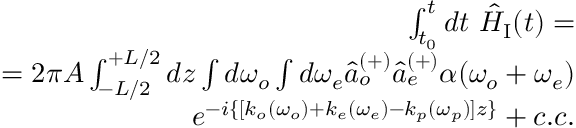
\begin{array} { r } { \int _ { t _ { 0 } } ^ { t } d t ~ \hat { H } _ { \mathrm { I } } ( t ) = } \\ { = 2 \pi A \int _ { - L / 2 } ^ { + L / 2 } d z \int d \omega _ { o } \int d \omega _ { e } \hat { a } _ { o } ^ { ( + ) } \hat { a } _ { e } ^ { ( + ) } \alpha ( \omega _ { o } + \omega _ { e } ) } \\ { e ^ { - i \{ [ k _ { o } ( \omega _ { o } ) + k _ { e } ( \omega _ { e } ) - k _ { p } ( \omega _ { p } ) ] z \} } + c . c . } \end{array}